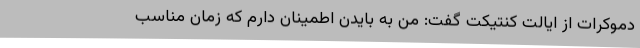
دموکرات از ایالت کنتیکت گفت: من به بایدن اطمینان دارم که زمان مناسب